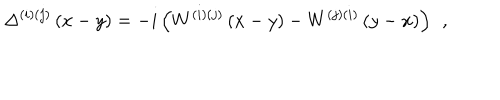
LaTeX: \Delta ^ { ( i ) ( j ) } \left( x - y \right) = - i \left( W ^ { ( i ) ( j ) } \left( x - y \right) - W ^ { ( j ) ( i ) } \left( y - x \right) \right) \; \, ,